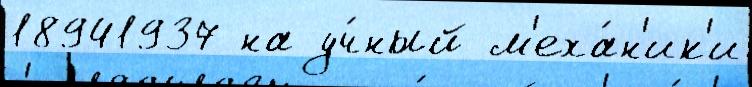
18941937 на уч́ный м'еха́н'ик'и